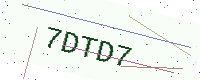
Text: 7DTD7